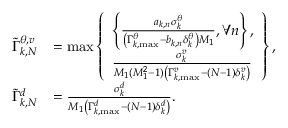
\begin{array} { r l } { \tilde { \Gamma } _ { k , N } ^ { \theta , v } } & { = \operatorname* { m a x } \left\{ \begin{array} { l } { \left\{ { \frac { { { a _ { k , n } } \sigma _ { k } ^ { \theta } } } { { \left( { \Gamma _ { k , \mathrm { { m a x } } } ^ { \theta } - { b _ { k , n } } \delta _ { k } ^ { \theta } } \right) { M _ { 1 } } } } , \forall n } \right\} , } \\ { \frac { { \sigma _ { k } ^ { v } } } { { { M _ { 1 } } ( M _ { 1 } ^ { 2 } - 1 ) \left( { \Gamma _ { k , { \mathrm { m a x } } } ^ { v } - \left( { N - 1 } \right) \delta _ { k } ^ { v } } \right) } } } \end{array} \right\} , } \\ { \tilde { \Gamma } _ { k , N } ^ { d } } & { = \frac { { \sigma _ { k } ^ { d } } } { { { M _ { 1 } } \left( { \Gamma _ { k , \mathrm { m a x } } ^ { d } - \left( { N - 1 } \right) \delta _ { k } ^ { d } } \right) } } . } \end{array}